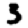
Digit: 3